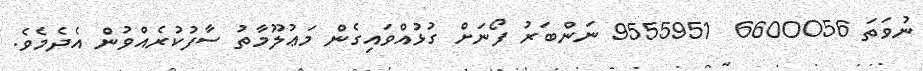
ނުވަތަ 6600056  9555951 ނަންބަރު ފޯނަށް ގުޅުއްވައިގެން މަޢުލޫމާތު ސާފުކުރެއްވުން އެދެމެވެ.